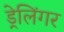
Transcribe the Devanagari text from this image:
ड्रेलिंगर